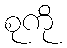
စုကို